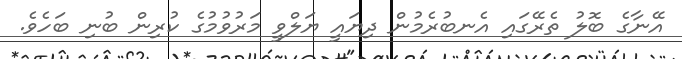
އޭނާގެ ބޮލު ތެރޭގައި އެނބުރެމުން ދިޔައީ ޔަލްވީ މަރުވުމުގެ ކުރިން ބުނި ބަހެވެ.